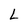
Character: L